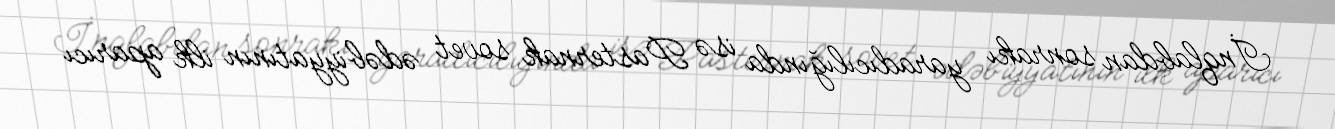
İnqlabdan sonrakı yaradıcılığında isə Pasternak sovet ədəbiyyatının ilk aparıcı